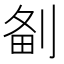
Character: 𠝘